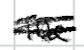
Text: The
Cross-out: scratch
Writing tool: digital_black